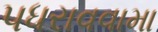
પધરાવવામા